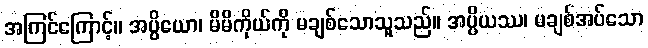
အကြင်ကြောင့်။ အပ္ပိယော၊ မိမိကိုယ်ကို မချစ်သောသူသည်။ အပ္ပိယဿ၊ မချစ်အပ်သော